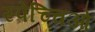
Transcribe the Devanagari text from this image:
स्पेच्चिओ